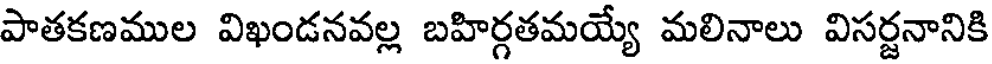
పాతకణముల విఖండనవల్ల బహిర్గతమయ్యే మలినాలు విసర్జనానికి